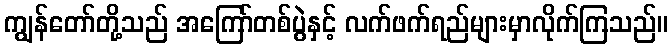
ကျွန်တော်တို့သည် အကြော်တစ်ပွဲနှင့် လက်ဖက်ရည်များမှာလိုက်ကြသည်။